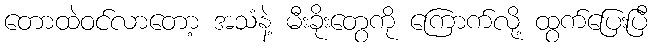
တောထဲဝင်လာတော့ အသံနဲ့ မီးခိုးတွေကို ကြောက်လို့ ထွက်ပြေးပြီ